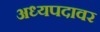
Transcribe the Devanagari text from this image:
अध्यपदावर